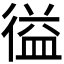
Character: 𭛽